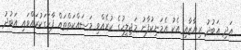
އަދި ޢަބުދު ރިޔާޒާއި އެކު އެމަނިކުފާނު މަޖިލީހުގެ ކުރެއްވި މަސައްކަތްތައް ފާހަގަކުރައްވައި އަބުދު